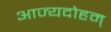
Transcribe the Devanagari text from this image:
आज्यदोहम्